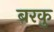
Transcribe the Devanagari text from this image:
बरकु